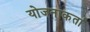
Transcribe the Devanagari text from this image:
योजनाकर्ता